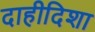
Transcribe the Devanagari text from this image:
दाहीदिशा